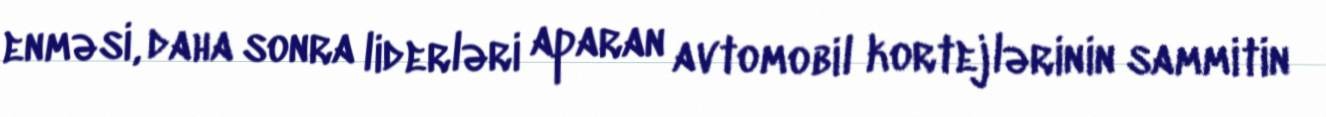
enməsi, daha sonra liderləri aparan avtomobil kortejlərinin sammitin